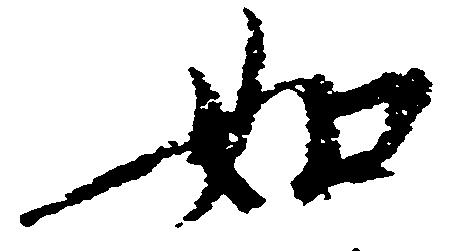
如